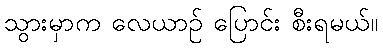
သွားမှာက လေယာဉ် ပြောင်း စီးရမယ်။